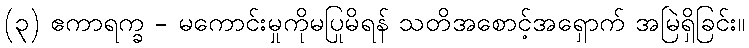
(၃) ဧကာရက္ခ - မကောင်းမှုကိုမပြုမိရန် သတိအစောင့်အရှောက် အမြဲရှိခြင်း။